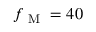
f _ { \mathrm { ~ M ~ } } = 4 0